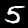
Label: 5